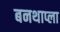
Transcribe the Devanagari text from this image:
बनथाप्ला